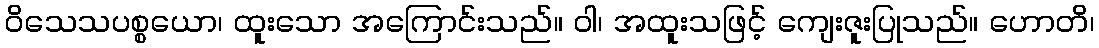
ဝိသေသပစ္စယော၊ ထူးသော အကြောင်းသည်။ ဝါ၊ အထူးသဖြင့် ကျေးဇူးပြုသည်။ ဟောတိ၊